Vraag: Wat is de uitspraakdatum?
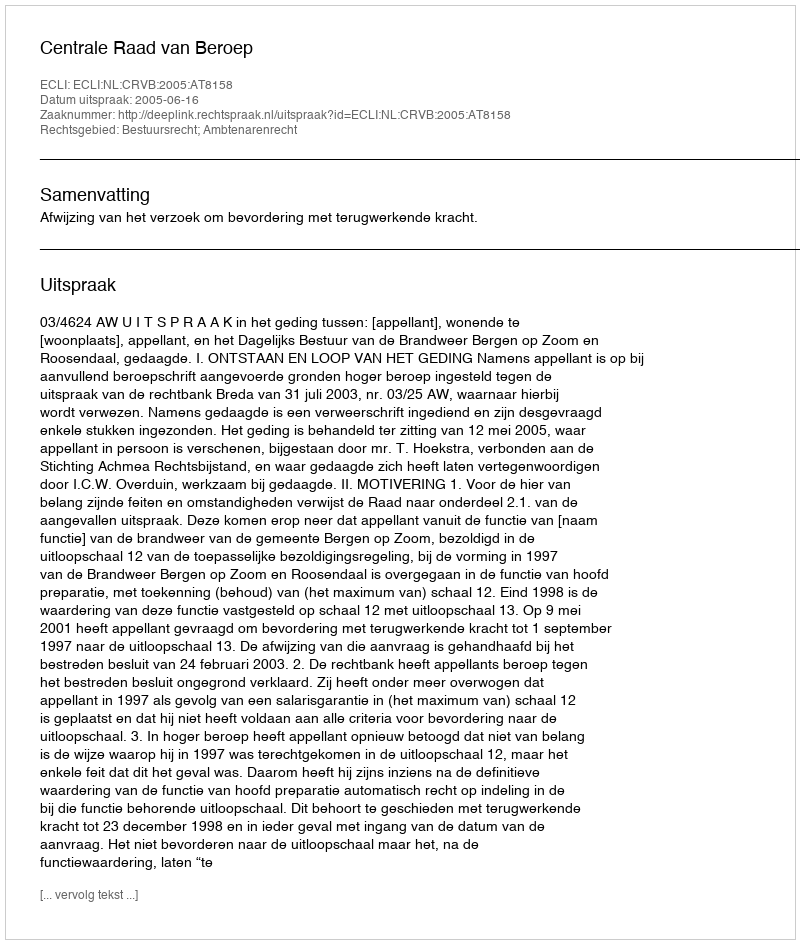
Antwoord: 2005-06-16